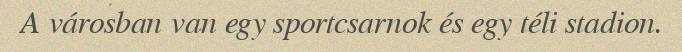
A városban van egy sportcsarnok és egy téli stadion.